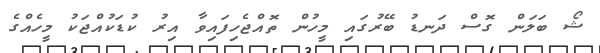
ޝޯ ބަލަން ގޮސް ދަނޑު ބޭރުގައި މީހުން ތޮއްޖެހިފައިވާ އިރު ކުޑަކުއްޖަކު މީހެއްގެ